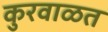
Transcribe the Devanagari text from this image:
कुरवाळत